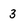
Character: 3